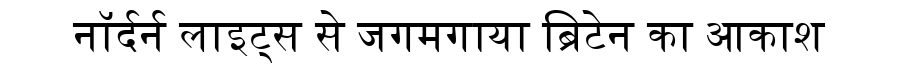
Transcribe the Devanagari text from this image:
नॉर्दर्न लाइट्स से जगमगाया ब्रिटेन का आकाश